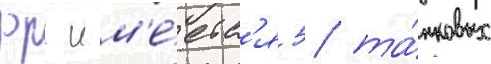
фрг им'е́етс'я 5 та́нковых